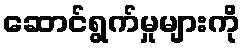
ဆောင်ရွက်မှုများကို